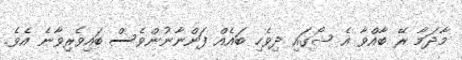
މާދަމާ ރޭ ބާއްވާ އެ ޝޯގައި ދިވެހި ބައެއް ފަންނާނުންވެސް ބައިވެރިވާނެ އެވެ.